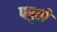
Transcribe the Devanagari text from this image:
पपुले